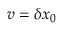
\boldsymbol { v } = \boldsymbol { \delta x } _ { 0 }